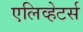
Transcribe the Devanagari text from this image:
एलिव्हेटर्स